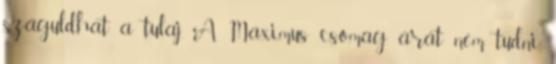
száguldhat a tulaj. A Maximus csomag árát nem tudni,